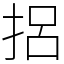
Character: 捛